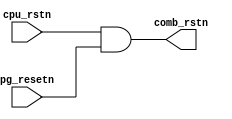

//==============================================================||
// Description: 						||
//	      		reset combine block               	|| 
// History:   							||
//                      2017/9/26 				||
//                      First version				||
//===============================================================

module reset_comb (
input wire cpu_rstn,				//cpu reset, active low
input wire pg_resetn,				//power gating reset, active low
output wire comb_rstn				//combined reset,active low

);



assign comb_rstn = cpu_rstn && pg_resetn;

endmodule